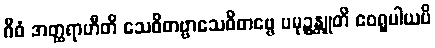
ဂီဝံ အတ္ထရာဟီတိ သေဝိတဗ္ဗာသေဝိတဗ္ဗေ ပမုဉ္စန္တူတိ ဧဝရူပါယပိ